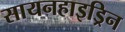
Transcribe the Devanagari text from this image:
सायनहाइड्रिन